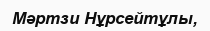
Мәртзи Нұрсейтұлы,